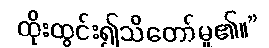
ထိုးထွင်း၍သိတော်မူ၏။”